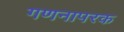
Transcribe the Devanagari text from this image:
गणनापरक